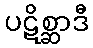
ပဋိစ္ဆာဒီ